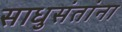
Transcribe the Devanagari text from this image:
साधुसंतांना